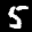
Label: 5